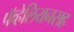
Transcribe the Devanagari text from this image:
पॅव्हेलियनसह